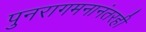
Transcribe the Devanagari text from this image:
पुनरागमनानंतरही